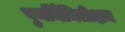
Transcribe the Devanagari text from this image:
पुनर्निमितीक्षम